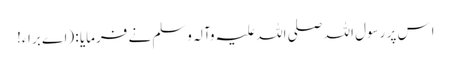
اِس پر رسول اللہ صلی اللہ علیہ وآلہ وسلم نے فرمایا : (اے براء!